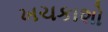
ખચકાશો